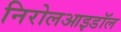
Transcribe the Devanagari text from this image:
निरोलआइडॉल